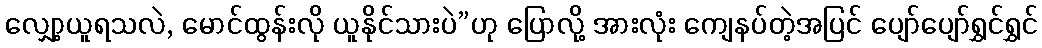
လျှော့ယူရသလဲ, မောင်ထွန်းလို ယူနိုင်သားပဲ”ဟု ပြောလို့ အားလုံး ကျေနပ်တဲ့အပြင် ပျော်ပျော်ရွှင်ရွှင်